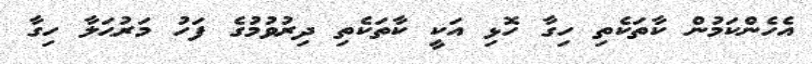
އެހެންކަމުން ކާތަކެތި ހިގާ ހޮޅި އަކީ ކާތަކެތި ދިރުވުމުގެ ފަހު މަރުޙަލާ ހިގާ